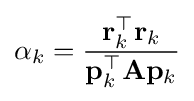
\alpha _{k}={\frac {\mathbf {r} _{k}^{\top }\mathbf {r} _{k}}{\mathbf {p} _{k}^{\top }\mathbf {A} \mathbf {p} _{k}}}